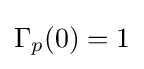
\Gamma _{p}(0)=1